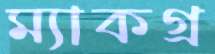
ম্যাকগ্র